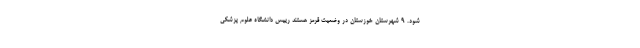
شود. 9 شهرستان خوزستان در وضعیت قرمز هستند رییس دانشگاه علوم پزشکی